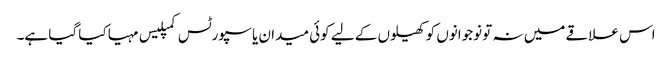
اس علاقے میں نہ تو نوجوانوں کو کھیلوں کے لیے کوئی میدان یا سپورٹس کمپلیس مہیا کیا گیا ہے۔